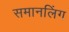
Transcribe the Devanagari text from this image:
समानलिंग